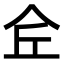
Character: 𠇯